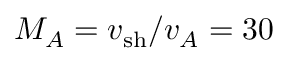
M _ { A } = v _ { \mathrm { s h } } / v _ { A } = 3 0